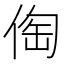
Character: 𠊐